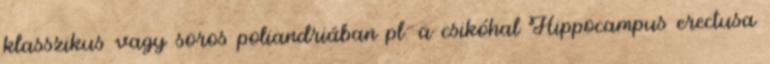
klasszikus vagy soros poliandriában pl. a csikóhal Hippocampus erectusa